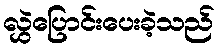
လွှဲပြောင်းပေးခဲ့သည်